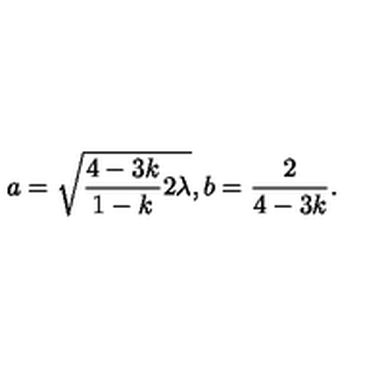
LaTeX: a = \sqrt { \frac { 4 - 3 k } { 1 - k } 2 \lambda } , b = \frac { 2 } { 4 - 3 k } .